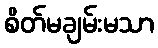
စိတ်မချမ်းမသာ